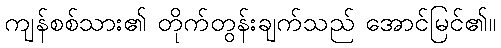
ကျန်စစ်သား၏ တိုက်တွန်းချက်သည် အောင်မြင်၏။